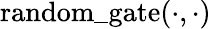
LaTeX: \mathrm{random\_ gate}(\cdot,\cdot)